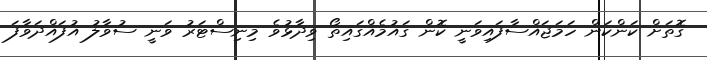
ގޮތަށް ކަންކަން ހަމަޖައްސާފައިވަނީ ކޮން ގައުމެއްގައިތޯ ވިދާޅުވެ މިނިސްޓަރު ވަނީ ސުވާލު އުފައްދަވާފަ